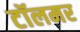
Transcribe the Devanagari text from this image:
टॉलमर